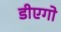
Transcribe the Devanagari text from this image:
डीएगो